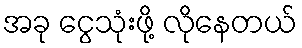
အခု ငွေသုံးဖို့ လိုနေတယ်